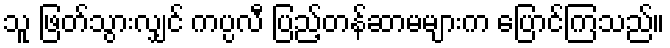
သူ ဖြတ်သွားလျှင် ကပ္ပလီ ပြည့်တန်ဆာမများက ပြောင်ကြသည်။